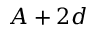
A + 2 d